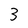
Character: 3